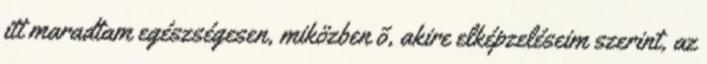
itt maradtam egészségesen, miközben õ, akire elképzeléseim szerint, az